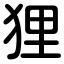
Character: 狸